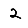
Digit: 2